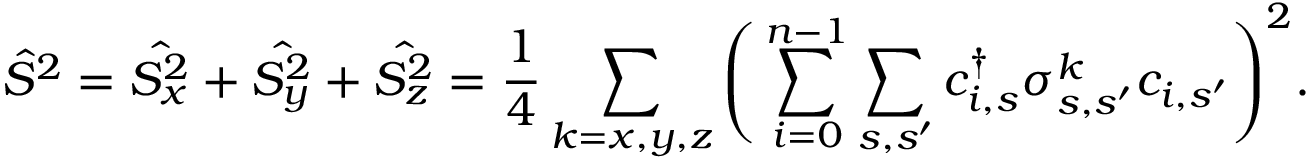
\hat { S } ^ { 2 } = \hat { S _ { x } ^ { 2 } } + \hat { S _ { y } ^ { 2 } } + \hat { S _ { z } ^ { 2 } } = \frac { 1 } { 4 } \sum _ { k = x , y , z } \Bigg ( \sum _ { i = 0 } ^ { n - 1 } \sum _ { s , s ^ { \prime } } c _ { i , s } ^ { \dagger } \sigma _ { s , s ^ { \prime } } ^ { k } c _ { i , s ^ { \prime } } \Bigg ) ^ { 2 } .